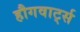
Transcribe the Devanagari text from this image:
हौगवार्ट्स